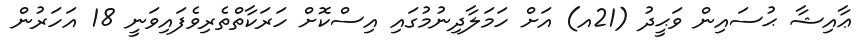
ޢާއިޝާ ޙުސައިން ވަޙީދު (21އ) އަށް ހަމަލާދިނުމުގައި އިސްކޮށް ހަރަކާތްތެރިވެފައިވަނީ 18 އަހަރުން